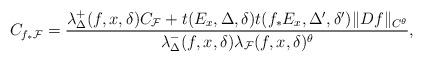
LaTeX: \begin{align*}C_{f_*\mathcal F}=\frac{\lambda_\Delta^+(f,x,\delta)C_{\mathcal F}+t(E_x,\Delta,\delta)t(f_*E_x,\Delta',\delta')\|Df\|_{C^{\theta}}}{\lambda_\Delta^-(f,x,\delta)\lambda_{\mathcal F}(f,x,\delta)^{\theta}},\end{align*}